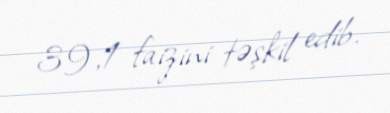
39,1 faizini təşkil edib.